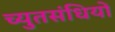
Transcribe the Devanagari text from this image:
च्युतसंधियों